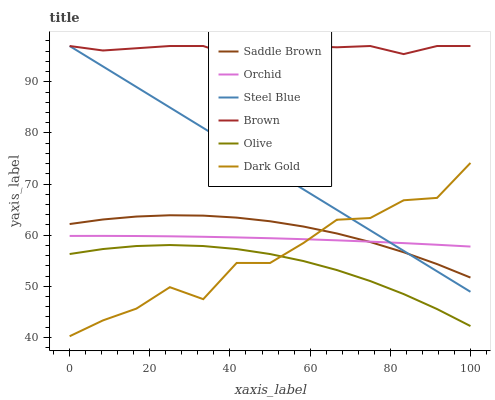
| xaxis_label | Saddle Brown | Orchid | Steel Blue | Brown | Olive | Dark Gold |
 | --- | --- | --- | --- | --- | --- | --- |
 | 0 | 62.2 | 59.9 | 97 | 97 | 56.3 | 40.2 |
 | 8.33 | 63.1 | 59.9 | 93 | 96.1 | 57.3 | 43.3 |
 | 16.7 | 63.6 | 59.8 | 89 | 96.6 | 57.9 | 45.6 |
 | 25 | 63.9 | 59.8 | 85 | 97 | 58.1 | 49.8 |
 | 33.3 | 63.8 | 59.7 | 81 | 97 | 57.9 | 47.5 |
 | 41.7 | 63.4 | 59.6 | 77 | 94.8 | 57.3 | 54.6 |
 | 50 | 62.7 | 59.4 | 73 | 96.7 | 56.3 | 54.6 |
 | 58.3 | 61.7 | 59.2 | 69 | 97 | 54.9 | 58.5 |
 | 66.7 | 60.3 | 59 | 64.9 | 96.8 | 53.2 | 63 |
 | 75 | 58.7 | 58.7 | 60.9 | 97 | 51 | 63.3 |
 | 83.3 | 56.7 | 58.4 | 56.9 | 95.4 | 48.5 | 66.8 |
 | 91.7 | 54.3 | 58.1 | 52.9 | 97 | 45.5 | 67.3 |
 | 100 | 51.7 | 57.8 | 48.9 | 97 | 42.2 | 74.1 |